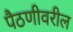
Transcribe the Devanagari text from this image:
पैठणीवरील